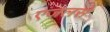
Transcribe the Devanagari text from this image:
एंजलसे